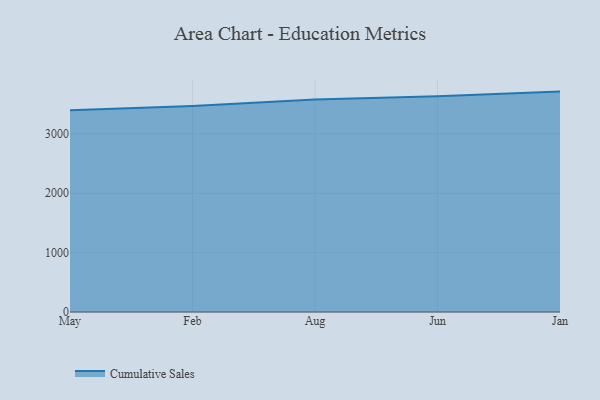
{"axis": {"x": "Month", "y": "Backlog"}, "legend": ["Cumulative Sales"], "data": [{"x": "May", "y": 3398.8, "type": "Cumulative Sales"}, {"x": "Feb", "y": 3472.6, "type": "Cumulative Sales"}, {"x": "Aug", "y": 3579.7, "type": "Cumulative Sales"}, {"x": "Jun", "y": 3634.4, "type": "Cumulative Sales"}, {"x": "Jan", "y": 3713.4, "type": "Cumulative Sales"}]}